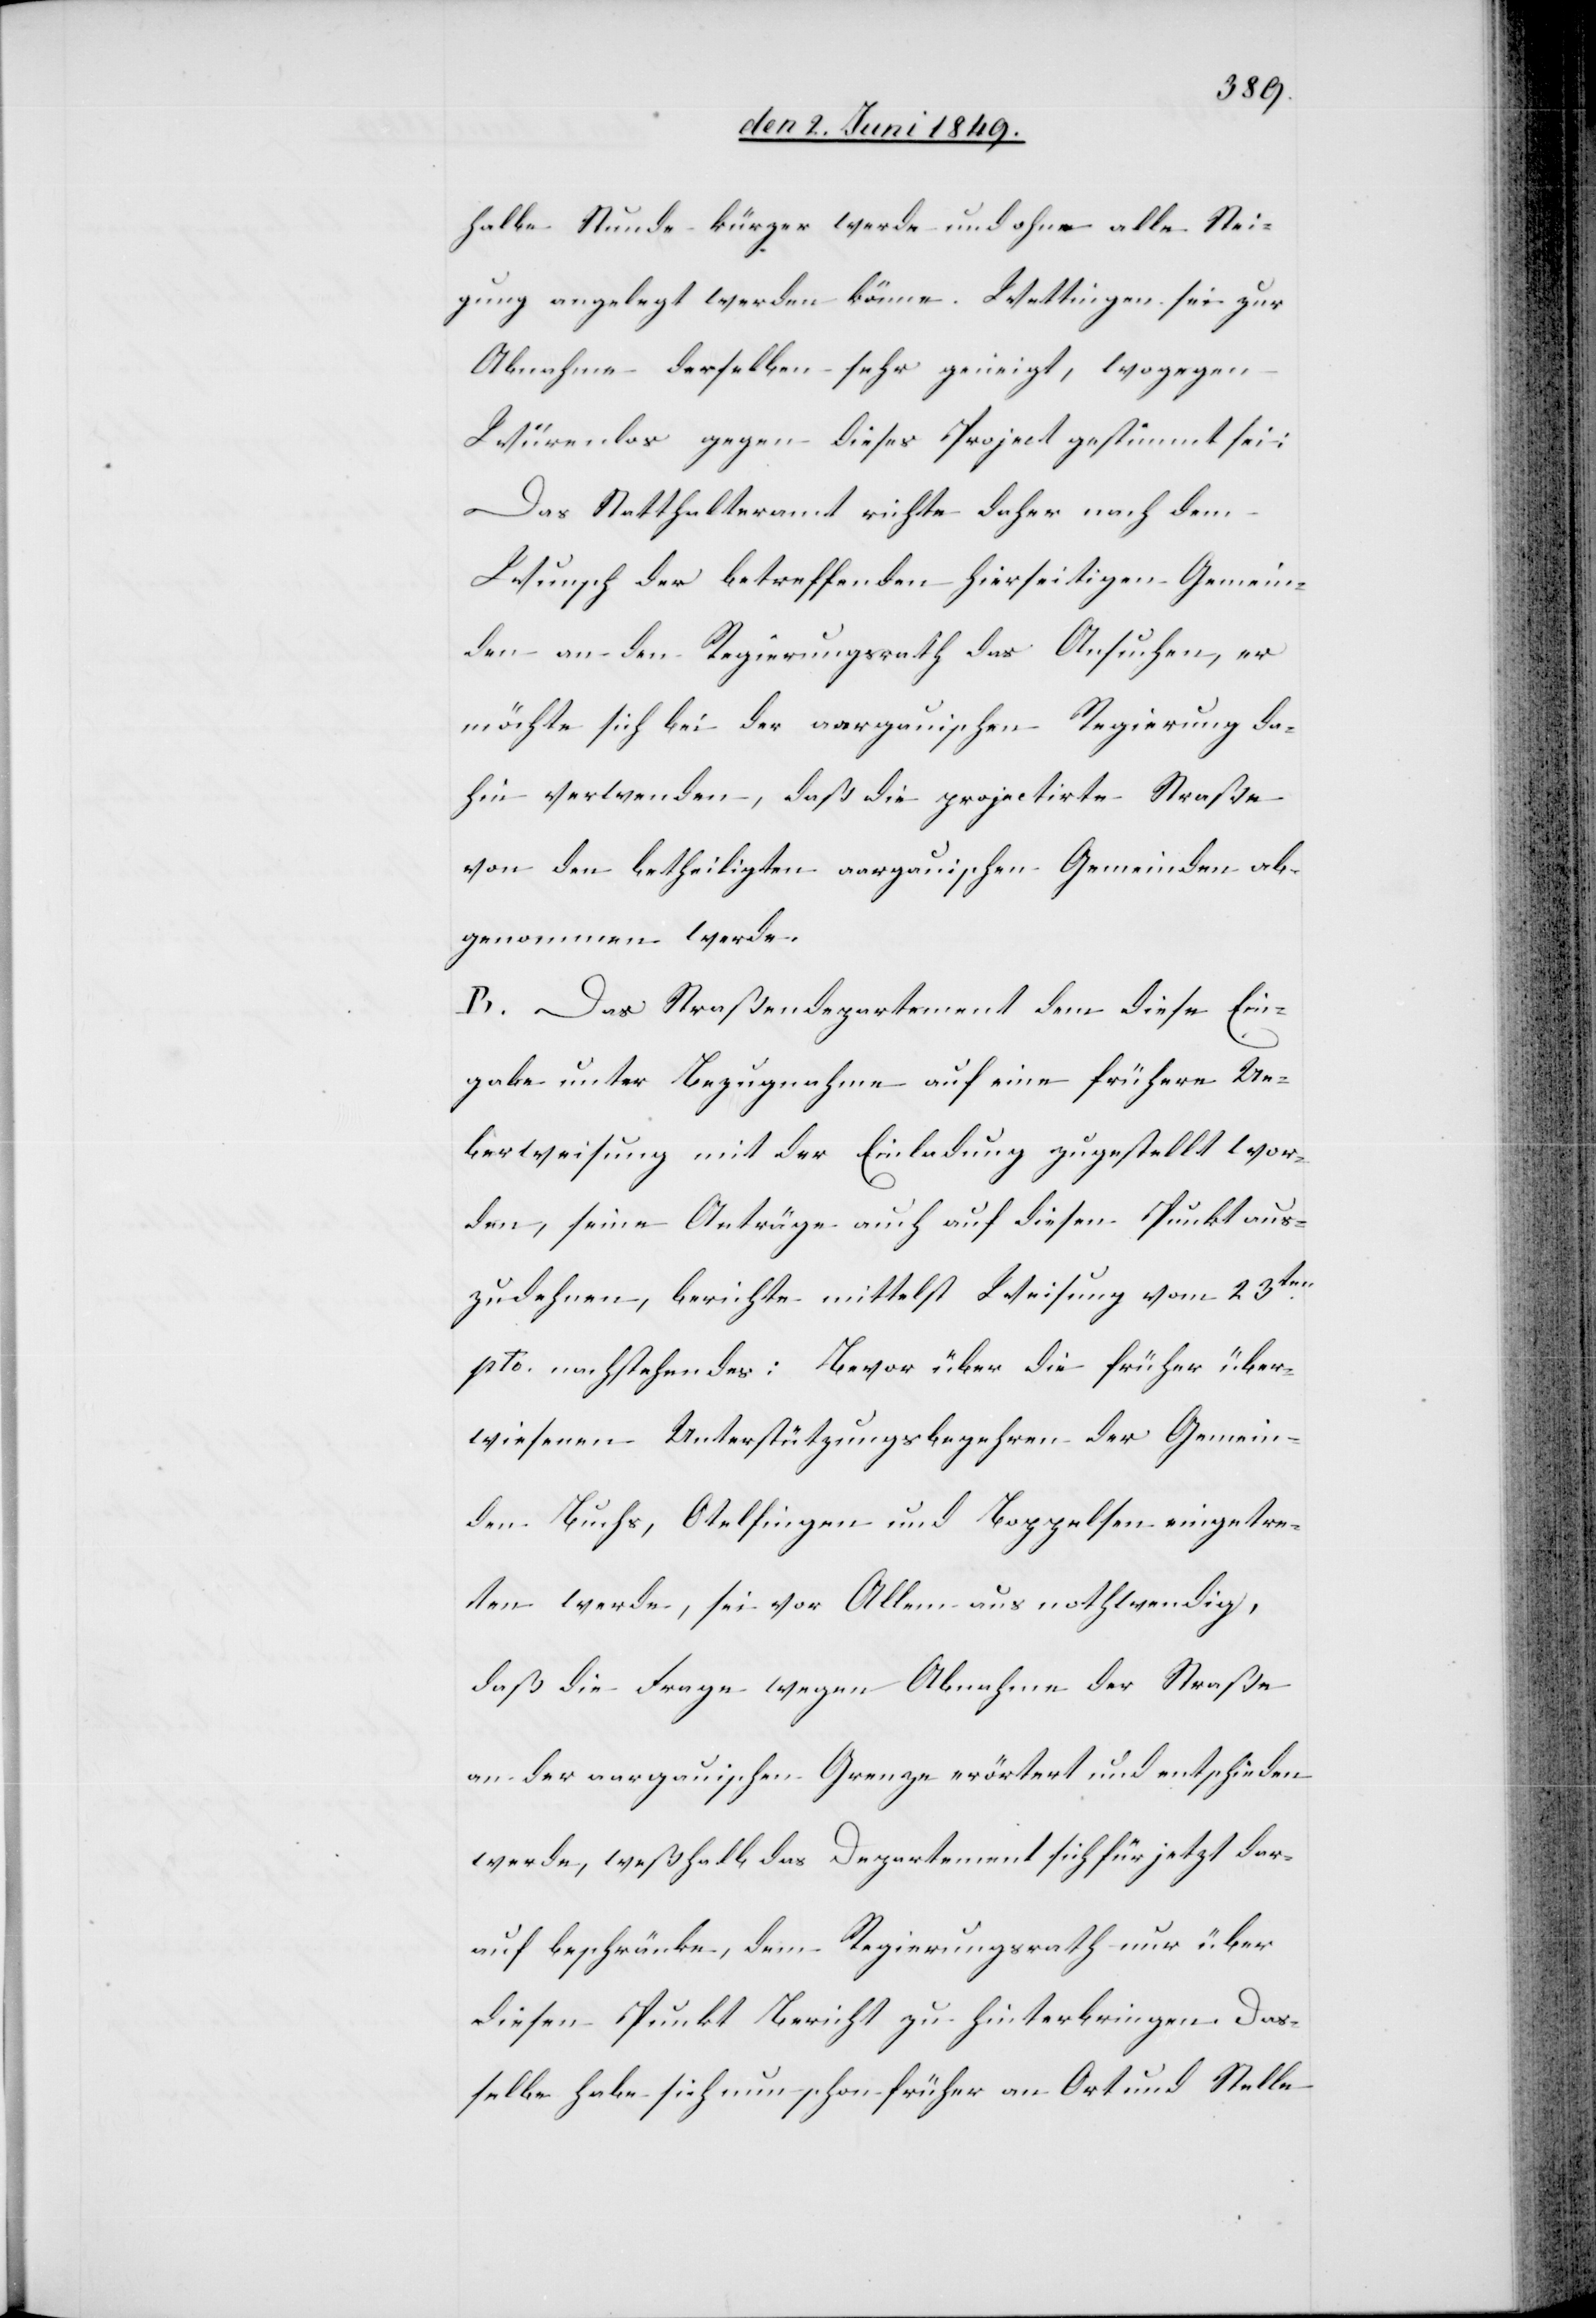
halbe Stunde kürzer werde und ohne alle Stei¬
gung angelegt werden könne. Wettingen sei zur
Abnahme derselben sehr geneigt, wogegen
Würenlos gegen dieses Project gestimmt sei:
Das Statthalteramt richte daher nach dem
Wunsch der betreffenden hierseitigen Gemein¬
den an den Regierungsrath das Ansuchen, er
möchte sich bei der aargauischen Regierung da¬
hin verwenden, daß die projectirte Straße
von den betheiligten aargauischen Gemeinden ab¬
genommen werde.
B. Das Straßendepartement dem diese Ein¬
gabe unter Bezugnahme auf eine frühere Ue¬
berweisung mit der Einladung zugestellt wor¬
den, seine Anträge auch auf diesen Punkt aus¬
zudehnen, berichte mittelst Weisung vom 23ten
pto. nachstehendes: Bevor über die früher über¬
wiesenen Unterstützungsbegehren der Gemein¬
den Buchs, Otelfingen und Boppelsen eingetre¬
ten werde, sei vor Allem aus nothwendig,
daß die Frage wegen Abnahme der Straße
an der aargauischen Grenze erörtert und entschieden
werde, weßhalb das Departement sich für jetzt dar¬
auf beschränke, dem Regierungsrath nur über
diesen Punkt Bericht zu hinterbringen. Das¬
selbe habe sich nun schon früher an Ort und Stelle